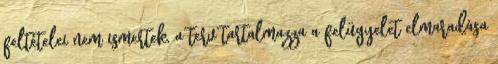
feltételei nem ismertek, a terv tartalmazza a felügyelet elmaradása